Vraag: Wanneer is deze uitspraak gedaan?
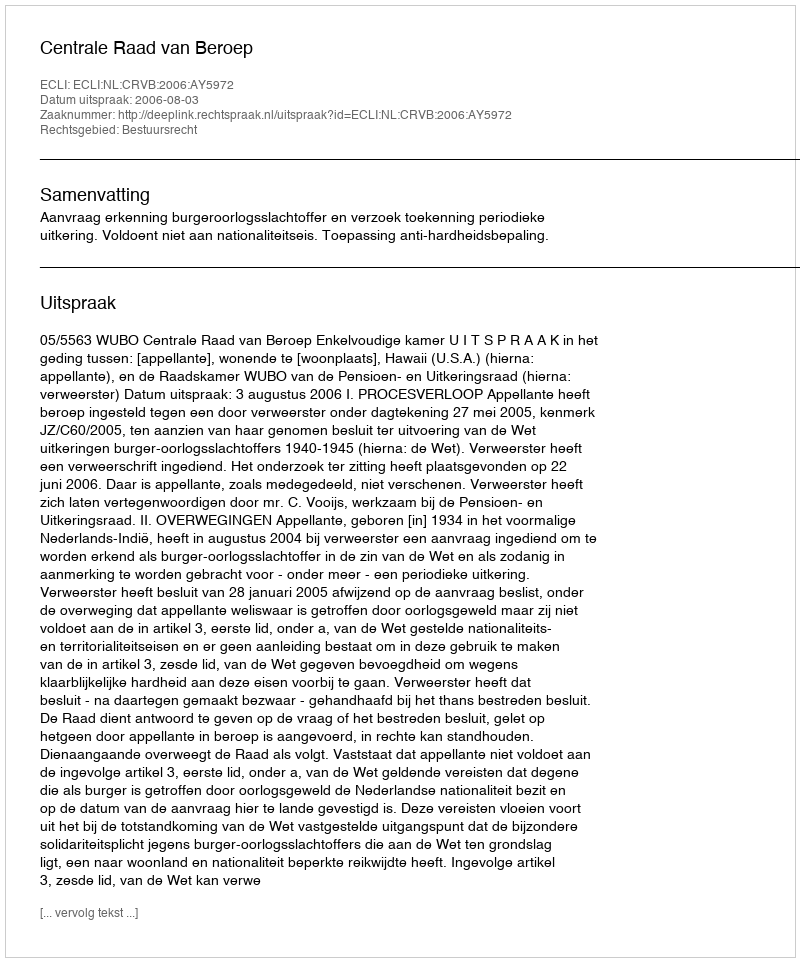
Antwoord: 2006-08-03